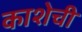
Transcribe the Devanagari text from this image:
काशेची